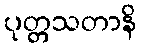
ပုတ္တသတာနိ